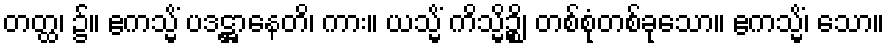
တတ္ထ၊ ၌။ ဧကသ္မိံ ပဒဋ္ဌာနေတိ၊ ကား။ ယသ္မိံ ကိသ္မိဉ္စိ၊ တစ်စုံတစ်ခုသော။ ဧကသ္မိံ၊ သော။